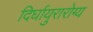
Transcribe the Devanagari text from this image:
दिर्घायुरारोग्य